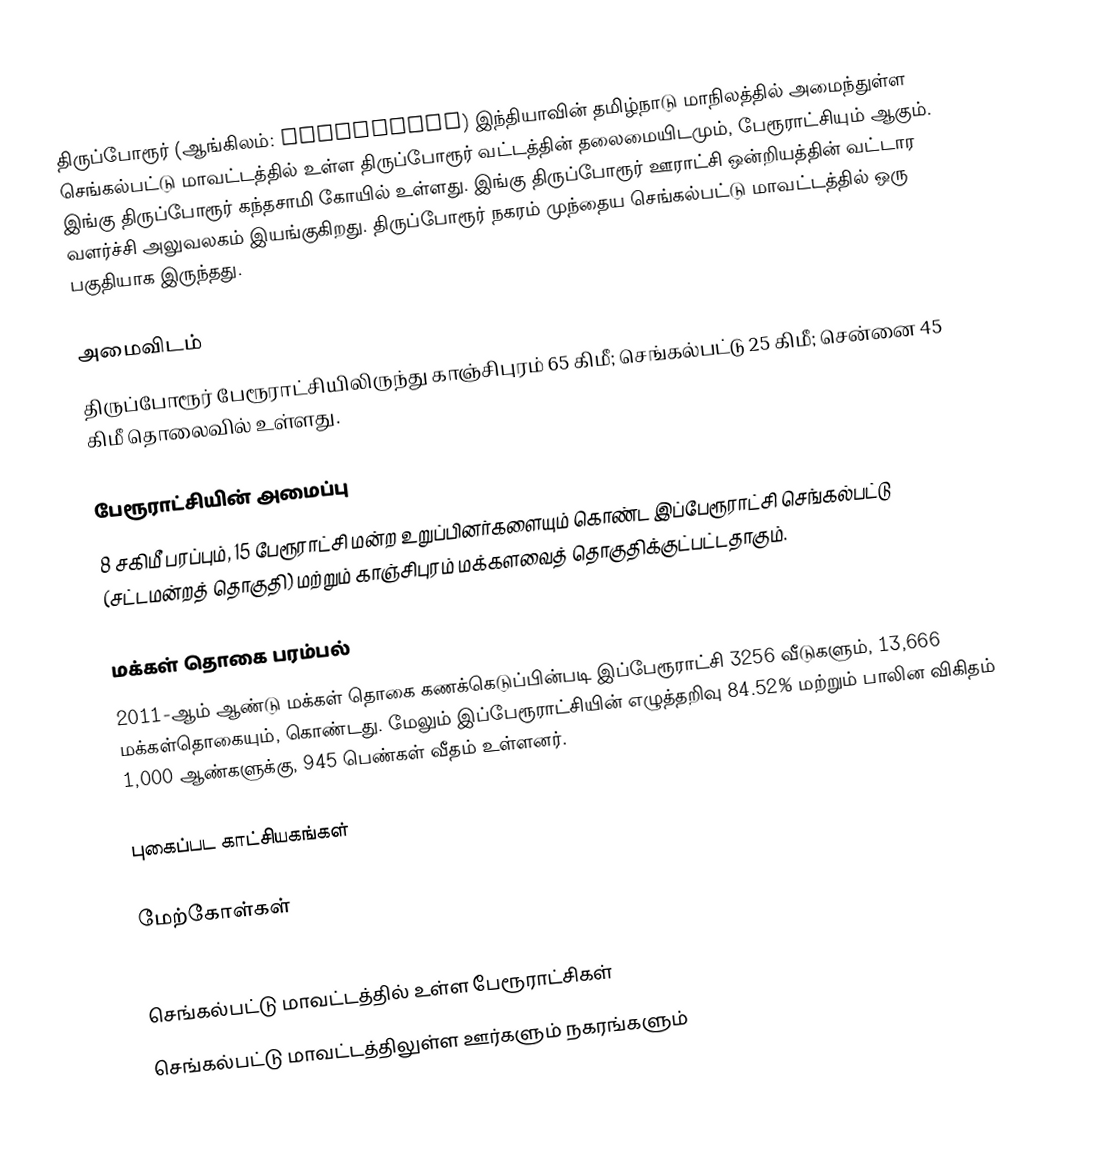
திருப்போரூர் (ஆங்கிலம்: Thiruporur) இந்தியாவின் தமிழ்நாடு மாநிலத்தில் அமைந்துள்ள செங்கல்பட்டு மாவட்டத்தில் உள்ள  திருப்போரூர் வட்டத்தின் தலைமையிடமும், பேரூராட்சியும் ஆகும். இங்கு திருப்போரூர் கந்தசாமி கோயில் உள்ளது. இங்கு திருப்போரூர் ஊராட்சி ஒன்றியத்தின் வட்டார வளர்ச்சி அலுவலகம் இயங்குகிறது. திருப்போரூர் நகரம் முந்தைய செங்கல்பட்டு மாவட்டத்தில் ஒரு பகுதியாக இருந்தது.

அமைவிடம்
திருப்போரூர் பேரூராட்சியிலிருந்து காஞ்சிபுரம்  65 கிமீ; செங்கல்பட்டு 25 கிமீ; சென்னை 45 கிமீ தொலைவில் உள்ளது.

பேரூராட்சியின் அமைப்பு
8 சகிமீ பரப்பும், 15  பேரூராட்சி மன்ற உறுப்பினர்களையும் கொண்ட இப்பேரூராட்சி செங்கல்பட்டு (சட்டமன்றத் தொகுதி) மற்றும் காஞ்சிபுரம் மக்களவைத் தொகுதிக்குட்பட்டதாகும்.

மக்கள் தொகை பரம்பல்
2011-ஆம் ஆண்டு மக்கள் தொகை கணக்கெடுப்பின்படி   இப்பேரூராட்சி 3256   வீடுகளும், 13,666  மக்கள்தொகையும், கொண்டது. மேலும் இப்பேரூராட்சியின் எழுத்தறிவு 84.52%  மற்றும்  பாலின விகிதம் 1,000 ஆண்களுக்கு, 945   பெண்கள் வீதம் உள்ளனர்.

புகைப்பட காட்சியகங்கள்

மேற்கோள்கள்

செங்கல்பட்டு மாவட்டத்தில் உள்ள பேரூராட்சிகள்
செங்கல்பட்டு மாவட்டத்திலுள்ள ஊர்களும் நகரங்களும்